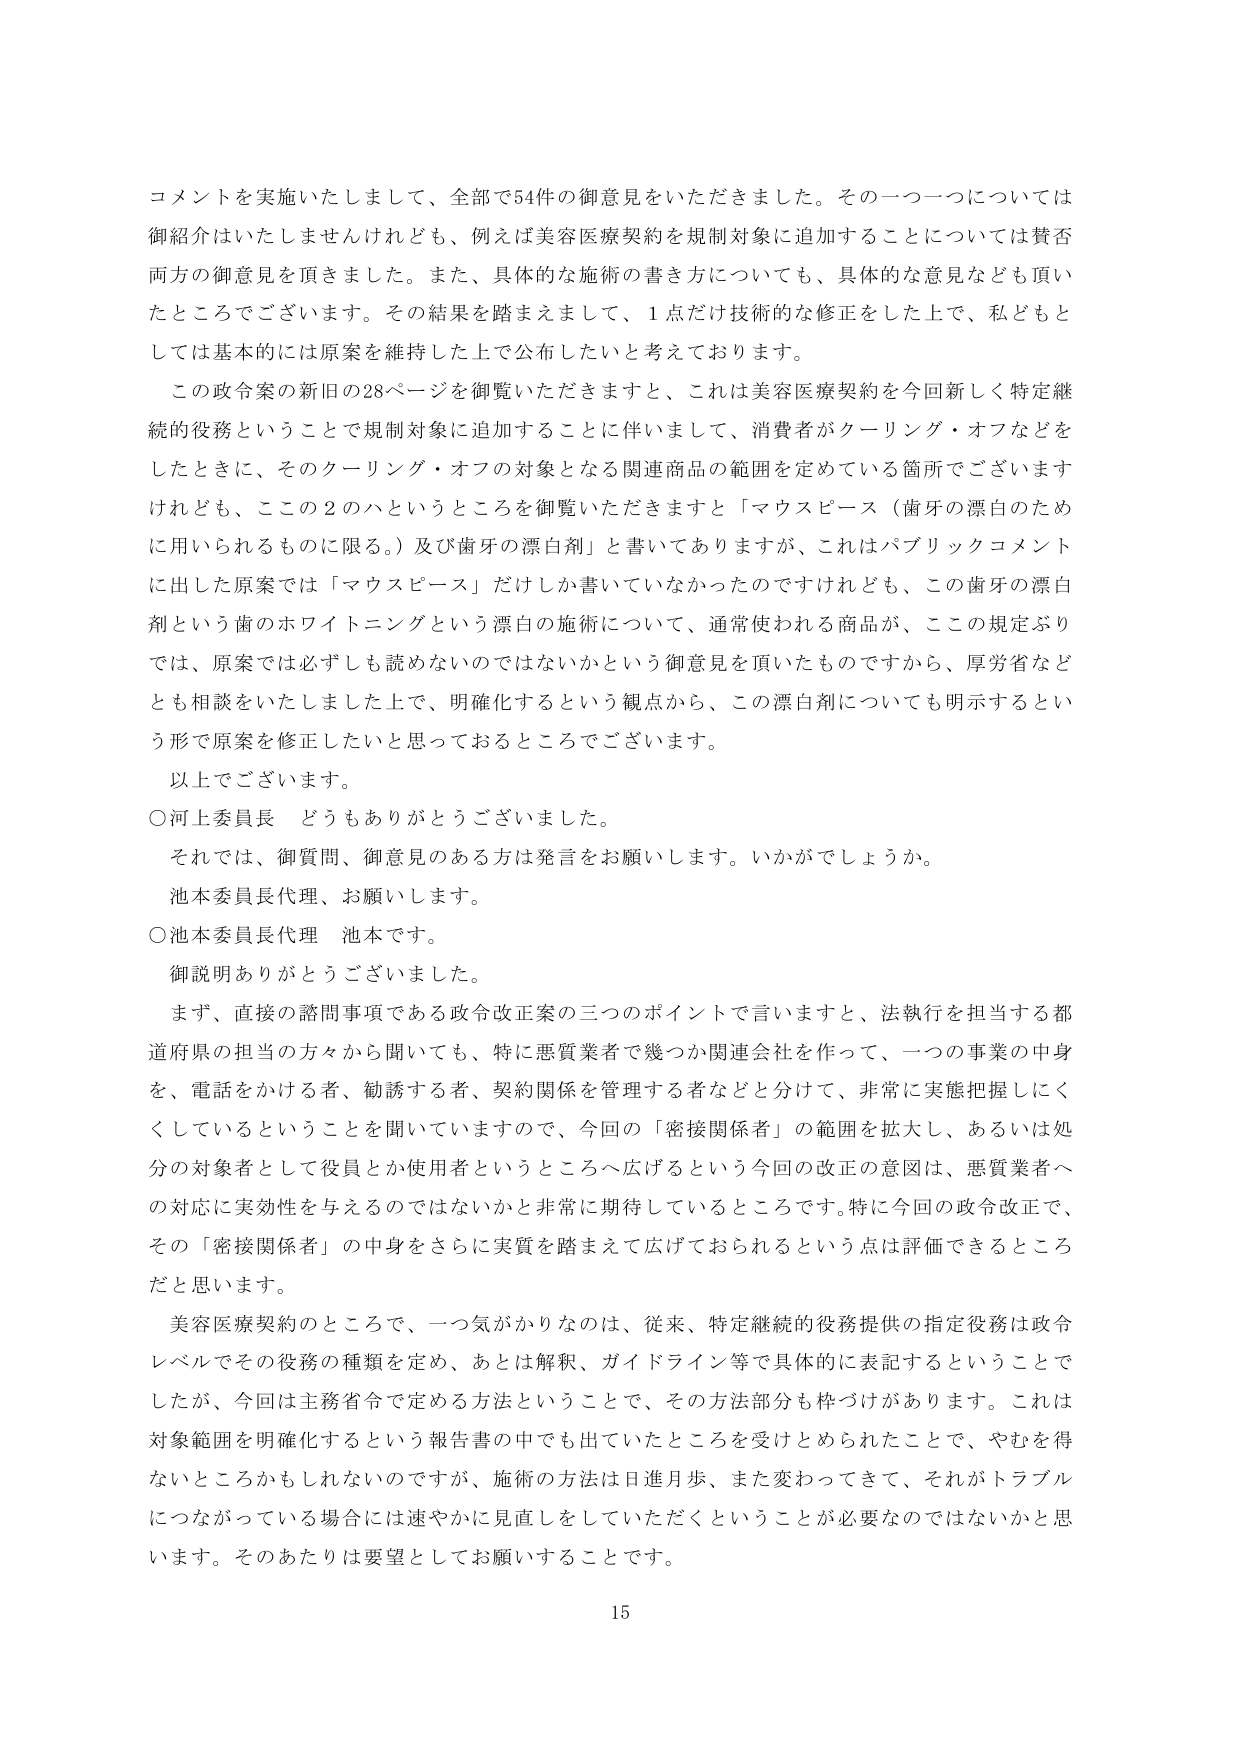
コメントを実施いたしまして、全部で54件の御意見をいただきました。その一つ一つについては御紹介はいたしませんけれども、例えば美容医療契約を規制対象に追加することについては賛否両方の御意見を頂きました。また、具体的な施術の書き方についても、具体的な意見なども頂いたところでございます。その結果を踏まえまして、1点だけ技術的な修正をした上で、私どもとしては基本的には原案を維持した上で公布したいと考えております。

この政令案の新旧の28ページを御覧いただきますと、これは美容医療契約を今回新しく特定継続的役務ということで規制対象に追加することに伴いまして、消費者がクーリング・オフなどをしたときに、そのクーリング・オフの対象となる関連商品の範囲を定めている箇所でございますけれども、ここの2のハというところを御覧いただきますと「マウスピース（歯牙の漂白のために用いられるものに限る。）及び歯牙の漂白剤」と書いてありますか、これはパブリックコメントに出した原案では「マウスピース」だけしか書いていなかったのですけれども、この歯牙の漂白剤という歯のホワイトニングという漂白の施術について、通常使われる商品が、ここの規定ぶりでは、原案では必ずしも読めないのではないかという御意見を頂いたものですから、厚労省などとも相談をいたしました上で、明確化するという観点から、この漂白剤についても明示するという形で原案を修正したいと思っておるところでございます。

以上でございます。

○河上委員長　どうもありがとうございました。

それでは、御質問、御意見のある方は発言をお願いします。いかがでしょうか。

池本委員長代理、お願いします。

○池本委員長代理　池本です。

御説明ありがとうございました。

まず、直接の諮問事項である政令改正案の三つのポイントで言いますと、法執行を担当する都道府県の担当の方々から聞いても、特に悪質業者で幾つか関連会社を作って、一つの事業の中身を、電話をかける者、勧誘する者、契約関係を管理する者などと分けて、非常に実態把握しにくくしているということを聞いていますので、今回の「密接関係者」の範囲を拡大し、あるいは処分の対象者として役員とか使用者というところへ広げるという今回の改正の意図は、悪質業者への対応に実効性を与えるのではないかと非常に期待しているところです。特に今回の政令改正で、その「密接関係者」の中身をさらに実質を踏まえて広げておられるという点は評価できるところだと思います。

美容医療契約のところで、一つ気がかりなのは、従来、特定継続的役務提供の指定役務は政令レベルでその役務の種類を定め、あとは解釈、ガイドライン等で具体的に表記するということでしたが、今回は主務省令で定める方法ということで、その方法部分も枠づけがあります。これは対象範囲を明確化するという報告書の中でも出ていたところを受けとめられたことで、やむを得ないところかもしれないのですが、施術の方法は日進月歩、また変わってきて、それがトラブルにつながっている場合には速やかに見直しをしていただくということが必要なのではないかと思います。そのあたりは要望としてお願いすることです。

15